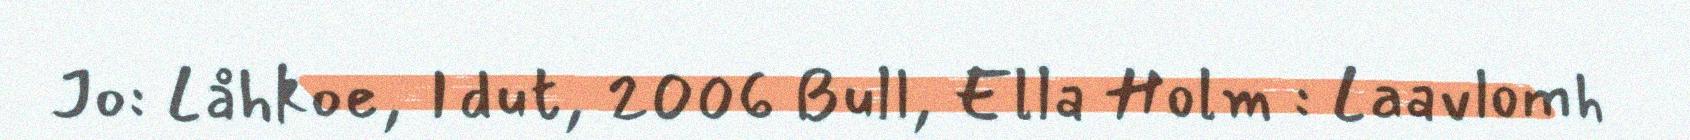
Jo: Låhkoe, Idut, 2006 Bull, Ella Holm : Laavlomh